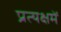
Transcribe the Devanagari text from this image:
प्रत्यक्षमें